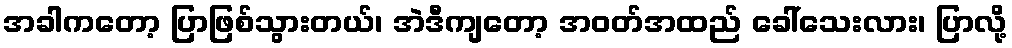
အခါကတော့ ပြာဖြစ်သွားတယ်၊ အဲဒီကျတော့ အဝတ်အထည် ခေါ်သေးလား၊ ပြာလို့